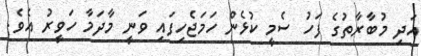
އަދި މުބާރާތުގެ ފަހު ސެމީ ކުޅެން ހަމަޖެހިފައި ވަނީ މާދަމާ ހަވީރު އެވެ.